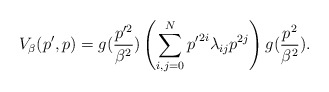
\begin{align*}V_\beta(p',p)=g(\frac{p'^2}{\beta^2}) \left(\sum_{i,j=0}^{N} {p'}^{2i} \lambda_{ij} p^{2j}\right) g(\frac{p^2}{\beta^2}).\end{align*}